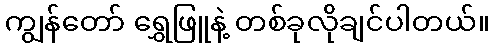
ကျွန်တော် ရွှေဖြူနဲ့ တစ်ခုလိုချင်ပါတယ်။